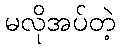
မလိုအပ်တဲ့